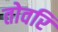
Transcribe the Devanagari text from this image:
तोवरि